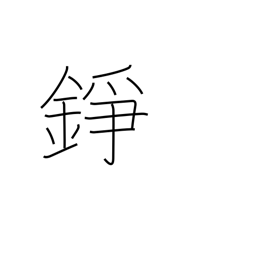
Meaning: gong